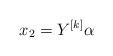
LaTeX: \begin{align*}x_{2}=Y^{[k]}\alpha \end{align*}